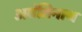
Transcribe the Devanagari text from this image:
अवंतिनाथ